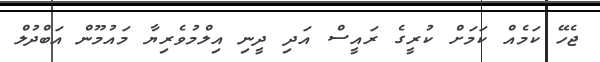
ޖެހޭ ކަމެއް ކަމަށް ކުރީގެ ރައީސް އަދި ދީނި އިލްމުވެރިޔާ މައުމޫން އަބްދުލް